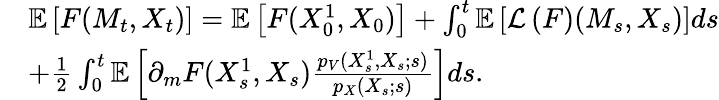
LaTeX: \begin{array}{rl}&{{\mathbb E}\left[F(M_{t},X_{t})\right]={\mathbb E}\left[F(X_{0}^{1},X_{0})\right]+\int_{0}^{t}{\mathbb E}\left[{\mathcal L}\left(F\right)(M_{s},X_{s})\right]ds}\\ &{+\frac{1}{2}\int_{0}^{t}{\mathbb E}\left[\partial_{m}F(X_{s}^{1},{X_{s}})\frac{p_{V}(X_{s}^{1},{X_{s}};s)}{p_{X}(X_{s};s)}\right]ds.}\end{array}